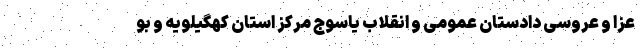
عزا و عروسی دادستان عمومی و انقلاب یاسوج مرکز استان کهگیلویه و بو